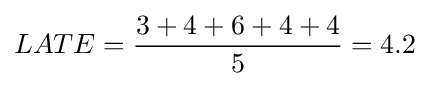
LATE={\frac {3+4+6+4+4}{5}}=4.2